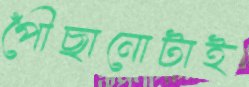
পৌঁছানোটাই